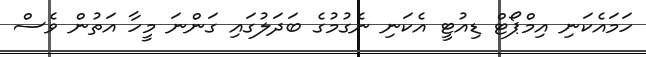
ހަމައެކަނި އިމްޕޯޓް ޑިއުޓީ އެކަނި ނެގުމުގެ ބަދަލުގައި ގަންނަ މީހާ އަތުން ވެސް